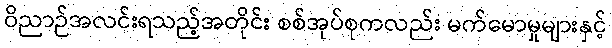
ဝိညာဉ်အလင်းရသည့်အတိုင်း စစ်အုပ်စုကလည်း မက်မောမှုများနှင့်